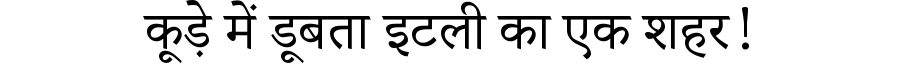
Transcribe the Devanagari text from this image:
कूड़े में डूबता इटली का एक शहर!